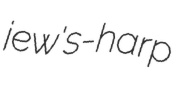
jew's-harp